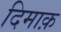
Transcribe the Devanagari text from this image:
दिमाक़